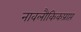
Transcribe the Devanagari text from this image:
नावलौकिकप्राप्त